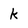
Character: k